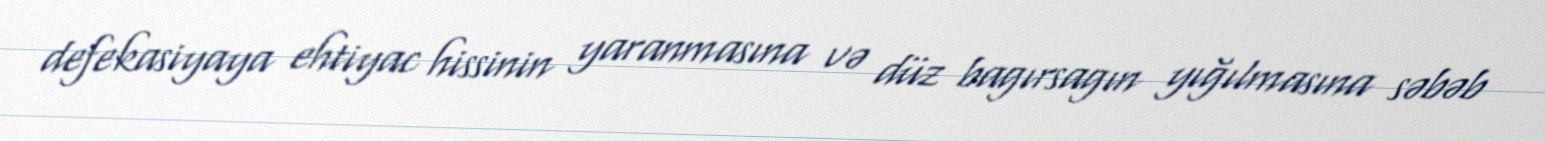
defekasiyaya ehtiyac hissinin yaranmasına və düz bagırsagın yığılmasına səbəb